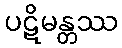
ပဋိမန္တဿ